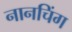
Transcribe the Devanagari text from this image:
नानचिंग